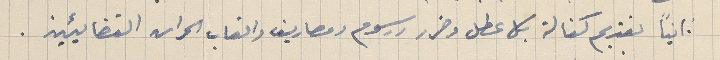
ثانياً تقديم كفالة بكل عطل وضرر ورسوم ومصاريف واتعاب الحراس القضائيين.